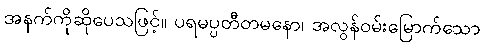
အနက်ကိုဆိုပေသဖြင့်။ ပရမပ္ပတီတမနော၊ အလွန်ဝမ်းမြောက်သော